Scottish Leaving Certificate Examination, 1959
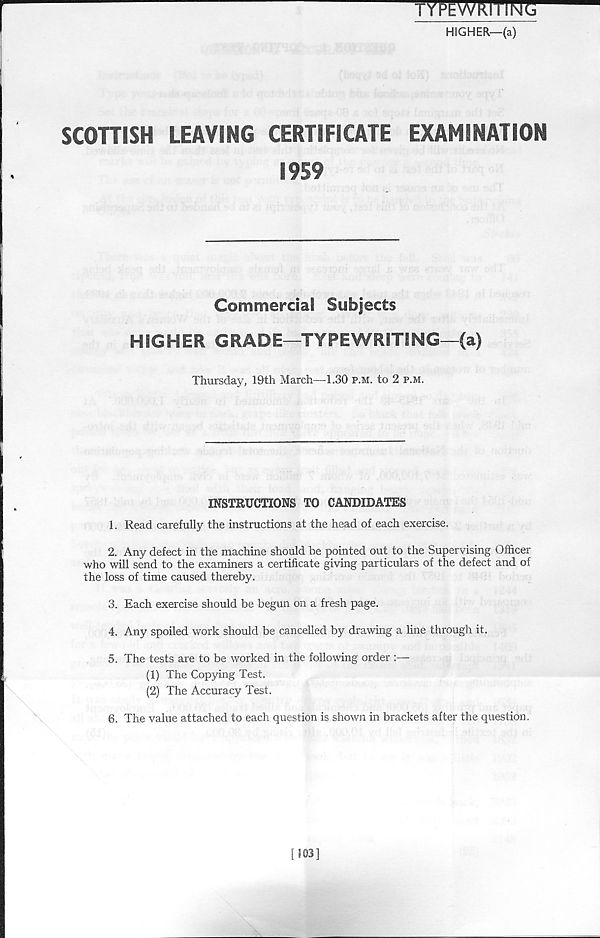
f YPEWkl IINCj
HIGHER—(a)
SCOTTISH
LEAVING CERTIFICATE
EXAMINATION
1959
Commercial Subjects
HIGHER GRADE—TYPEWRITING—(a)
Thursday, 19th March—1.30 p.m. to 2 p.m.
INSTRUCTIONS TO CANDIDATES
1. Read carefully the instructions at the head of each exercise.
2. Any defect in the machine should he pointed out to the Supervising Officer
who will send to the examiners a certificate giving particulars of the defect and of
the loss of time caused thereby.
3. Each exercise should be begun on a fresh page.
4. Any spoiled work should be cancelled by drawing a line through it.
5. The tests are to be worked in the following order :—
(1) The Copying Test.
(2) The Accuracy Test.
6. The value attached to each question is shown in brackets after the question.
[103]